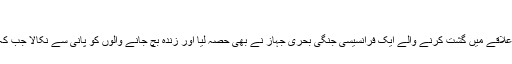
”
لیبیا کے ساحل سے تقریباً 50 کلومیٹر دور پیش آنے والے اس واقعے میں امداد کے لیے علاقے میں گشت کرنے والے ایک فرانسیسی جنگی بحری جہاز نے بھی حصہ لیا اور زندہ بچ جانے والوں کو پانی سے نکالا جب کہ یہیں سے گزرنے والی دو تجارتی کشتیان بھی جائے وقوع کی طرف روانہ کر دی گئیں۔